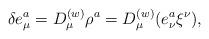
LaTeX: \begin{align*}\delta e^a_\mu = D^{(w)}_\mu \rho^a = D^{(w)}_\mu (e^a_\nu \xi^\nu),\end{align*}